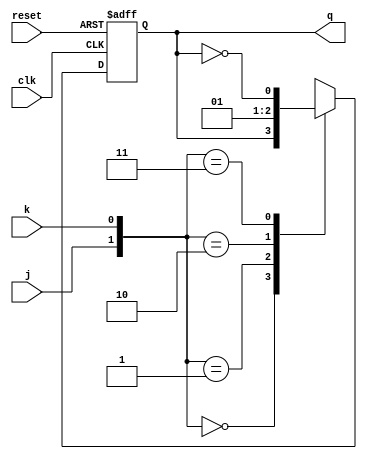
module jk_ff(q,j,k,clk,reset);
input j,k,clk,reset;
output reg q;
// output qbar;

// assign qbar = ~q;

always @(posedge clk or negedge reset)
begin 
    if (!reset)
    begin
        q = 1'b0;
    end
    else
        case ({j,k})
            2'b00:begin
                 q = q;
                //  $display("00");
            end
            2'b01: q = 1'b0;
            2'b10: q = 1'b1;
            2'b11:begin
                 q = ~q;
                //  $display("11");
            end
        endcase
end
endmodule



module syn_counter_3bit(q,clk, reset,mode);
input clk, reset,mode;
output [2:0] q;
wire j2 = (~q[1]&~q[0]&~mode)|(q[1]&q[0]&mode);
wire k2 = (~q[1]&~q[0]&~mode)|(q[1]&q[0]&mode);
wire j1 = q[0]~^mode;
wire k1 = q[0]~^mode;
wire j0 = 1'b1;
wire k0 = 1'b1;
// better do the marking 2-0 as in notebook. Else unwanted result may come.
jk_ff f1(q[0],j0,k0,clk,reset);
jk_ff f2(q[1],j1,k1,clk,reset);
jk_ff f3(q[2],j2,k2,clk,reset);
endmodule